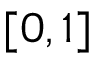
[ 0 , 1 ]